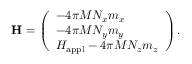
\mathbf { H } = \left( \begin{array} { l } { - 4 \pi M N _ { x } m _ { x } } \\ { - 4 \pi M N _ { y } m _ { y } } \\ { H _ { \mathrm { a p p l } } - 4 \pi M N _ { z } m _ { z } } \end{array} \right) .